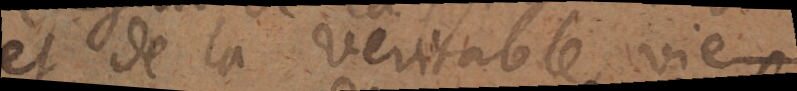
et de la veritable vie.